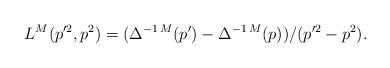
LaTeX: \begin{align*}L^M(p'^2,p^2) = (\Delta^{-1\,M}(p')-\Delta^{-1\,M}(p))/(p'^2-p^2).\end{align*}